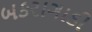
બકરાગાડી